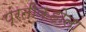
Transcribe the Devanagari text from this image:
प्रतीकहोता